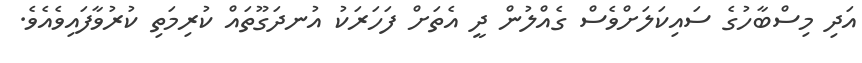
އަދި މިސްބާހުގެ ސައިކަލަށްވެސް ގެއްލުން ދީ އެތަށް ފަހަރަކު އުނދަގޫތައް ކުރިމަތި ކުރުވާފައިވެއެވެ.